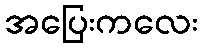
အပြေးကလေး